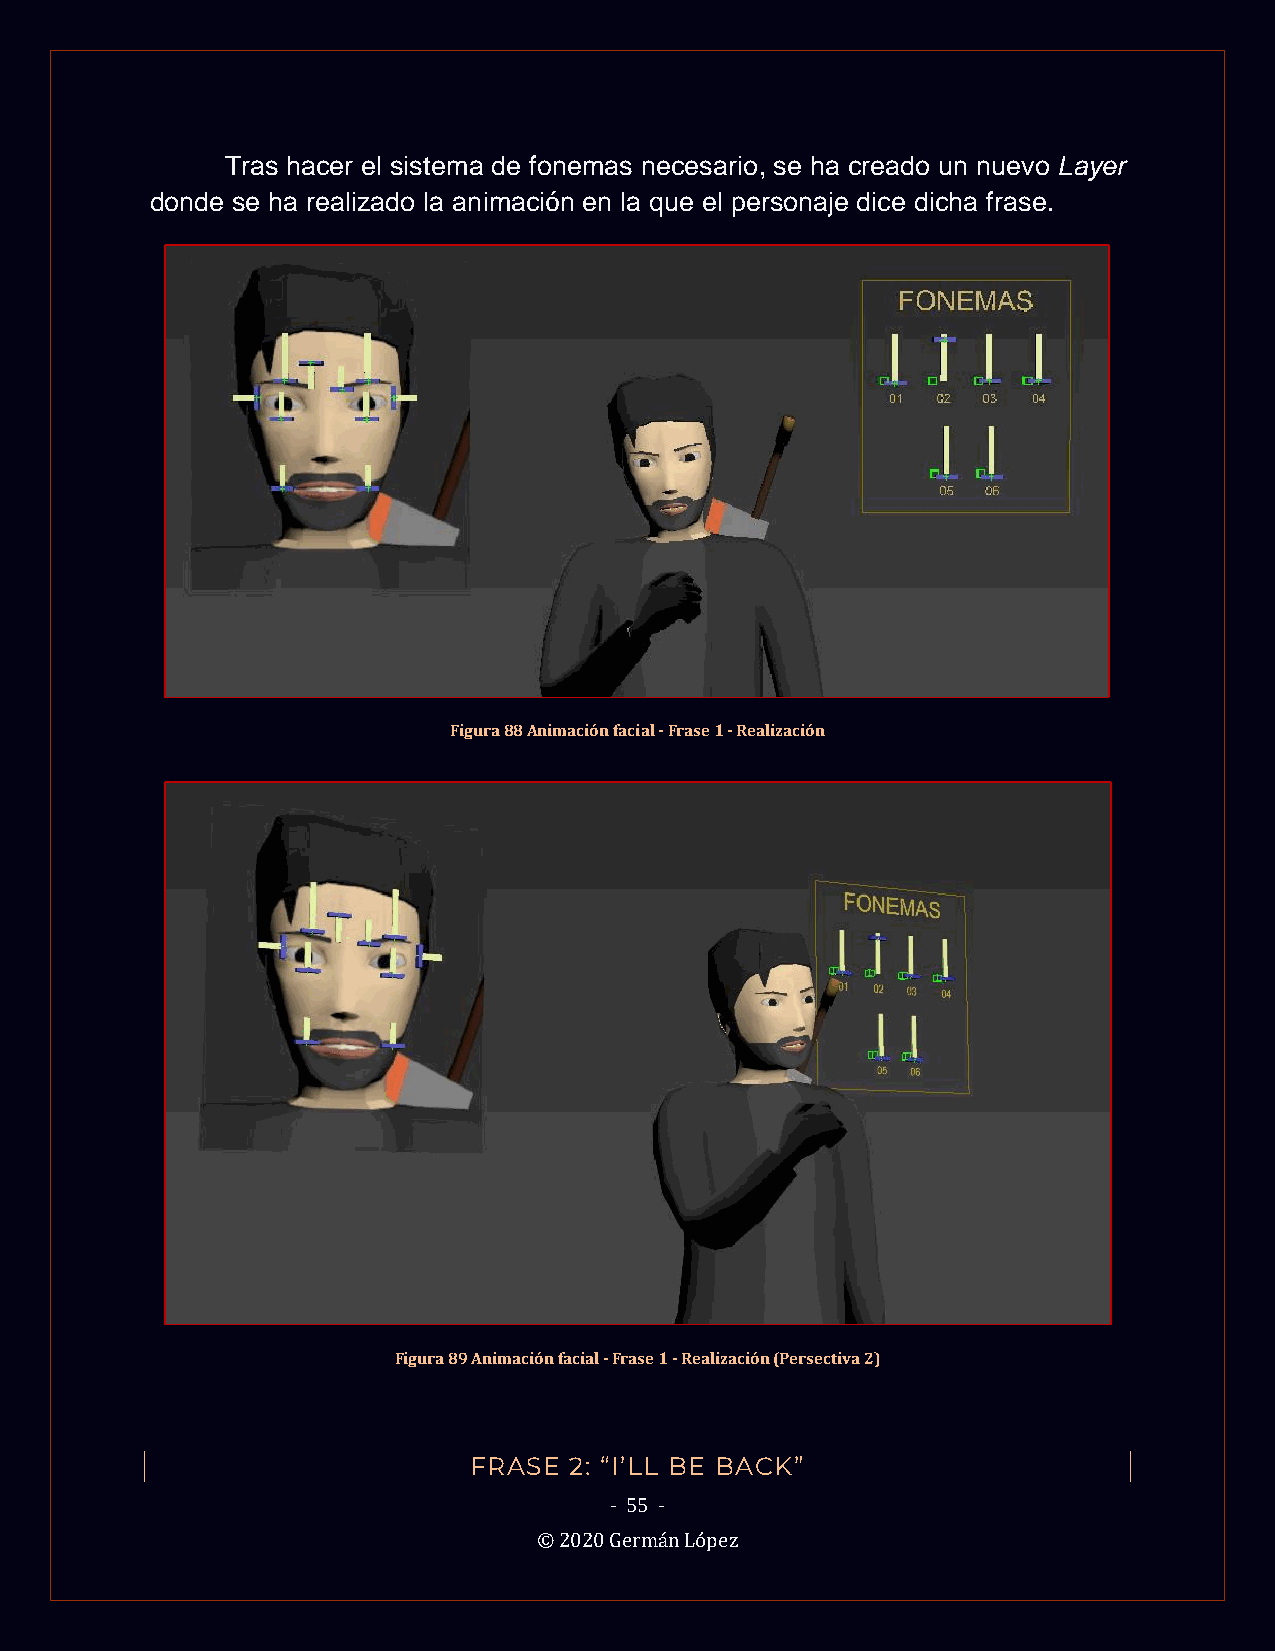
Tras hacer el sistema de fonemas necesario, se ha creado un nuevo Layer
 donde se ha realizado la animación en la que el personaje dice dicha frase.
 Figura 88 Animación facial - Frase 1 - Realización
 Figura 89 Animación facial - Frase 1 - Realización (Persectiva 2)
 FRASE  2: “I’LL BE BACK”
 - 55 -
 © 2020 Germán López